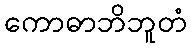
ကောဓာဘိဘူတံ